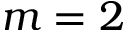
m = 2